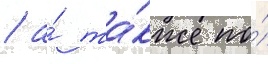
/ а́ та́кже по́